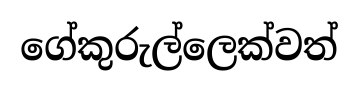
ගේකුරුල්ලෙක්වත්